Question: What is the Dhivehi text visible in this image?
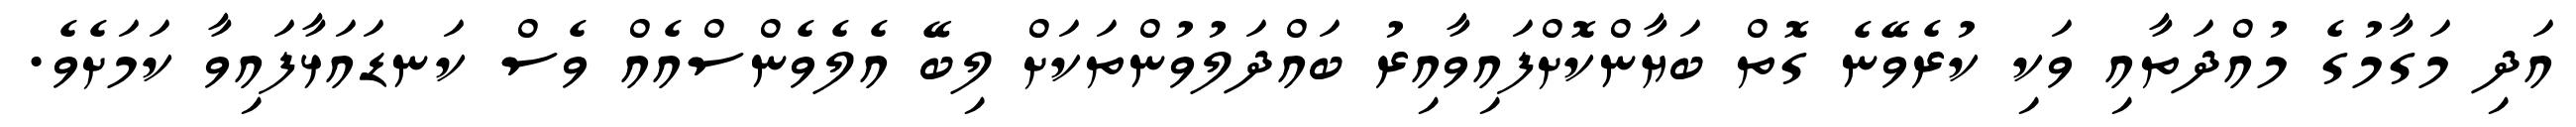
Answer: އަދި މަގާމުގެ މުއްދަތާއި ވަކި ކުރެވޭނެ ގޮތް ބަޔާންކޮށްފައިވާއިރު ބައްދަލުވުންތަކަށް ލިބޭ އެލެވެންސްއެއް ވެސް ކަނޑައަޅާފައިވާ ކަމަށެވެ.